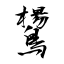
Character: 鸉